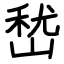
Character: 嵆